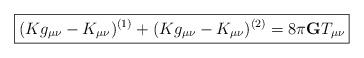
LaTeX: \begin{align*}\fbox{$\displaystyle{ (Kg_{\mu\nu}-K_{\mu\nu})^{(1)} +(Kg_{\mu\nu}-K_{\mu\nu})^{(2)} =8\pi{\bf G}T_{\mu\nu} }$} \end{align*}